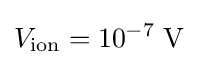
V_{\text{ion}}=10^{-7}\;\mathrm {V}